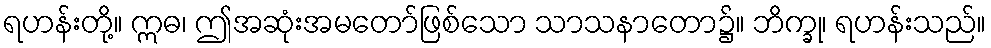
ရဟန်းတို့။ ဣဓ၊ ဤအဆုံးအမတော်ဖြစ်သော သာသနာတော၌။ ဘိက္ခု၊ ရဟန်းသည်။